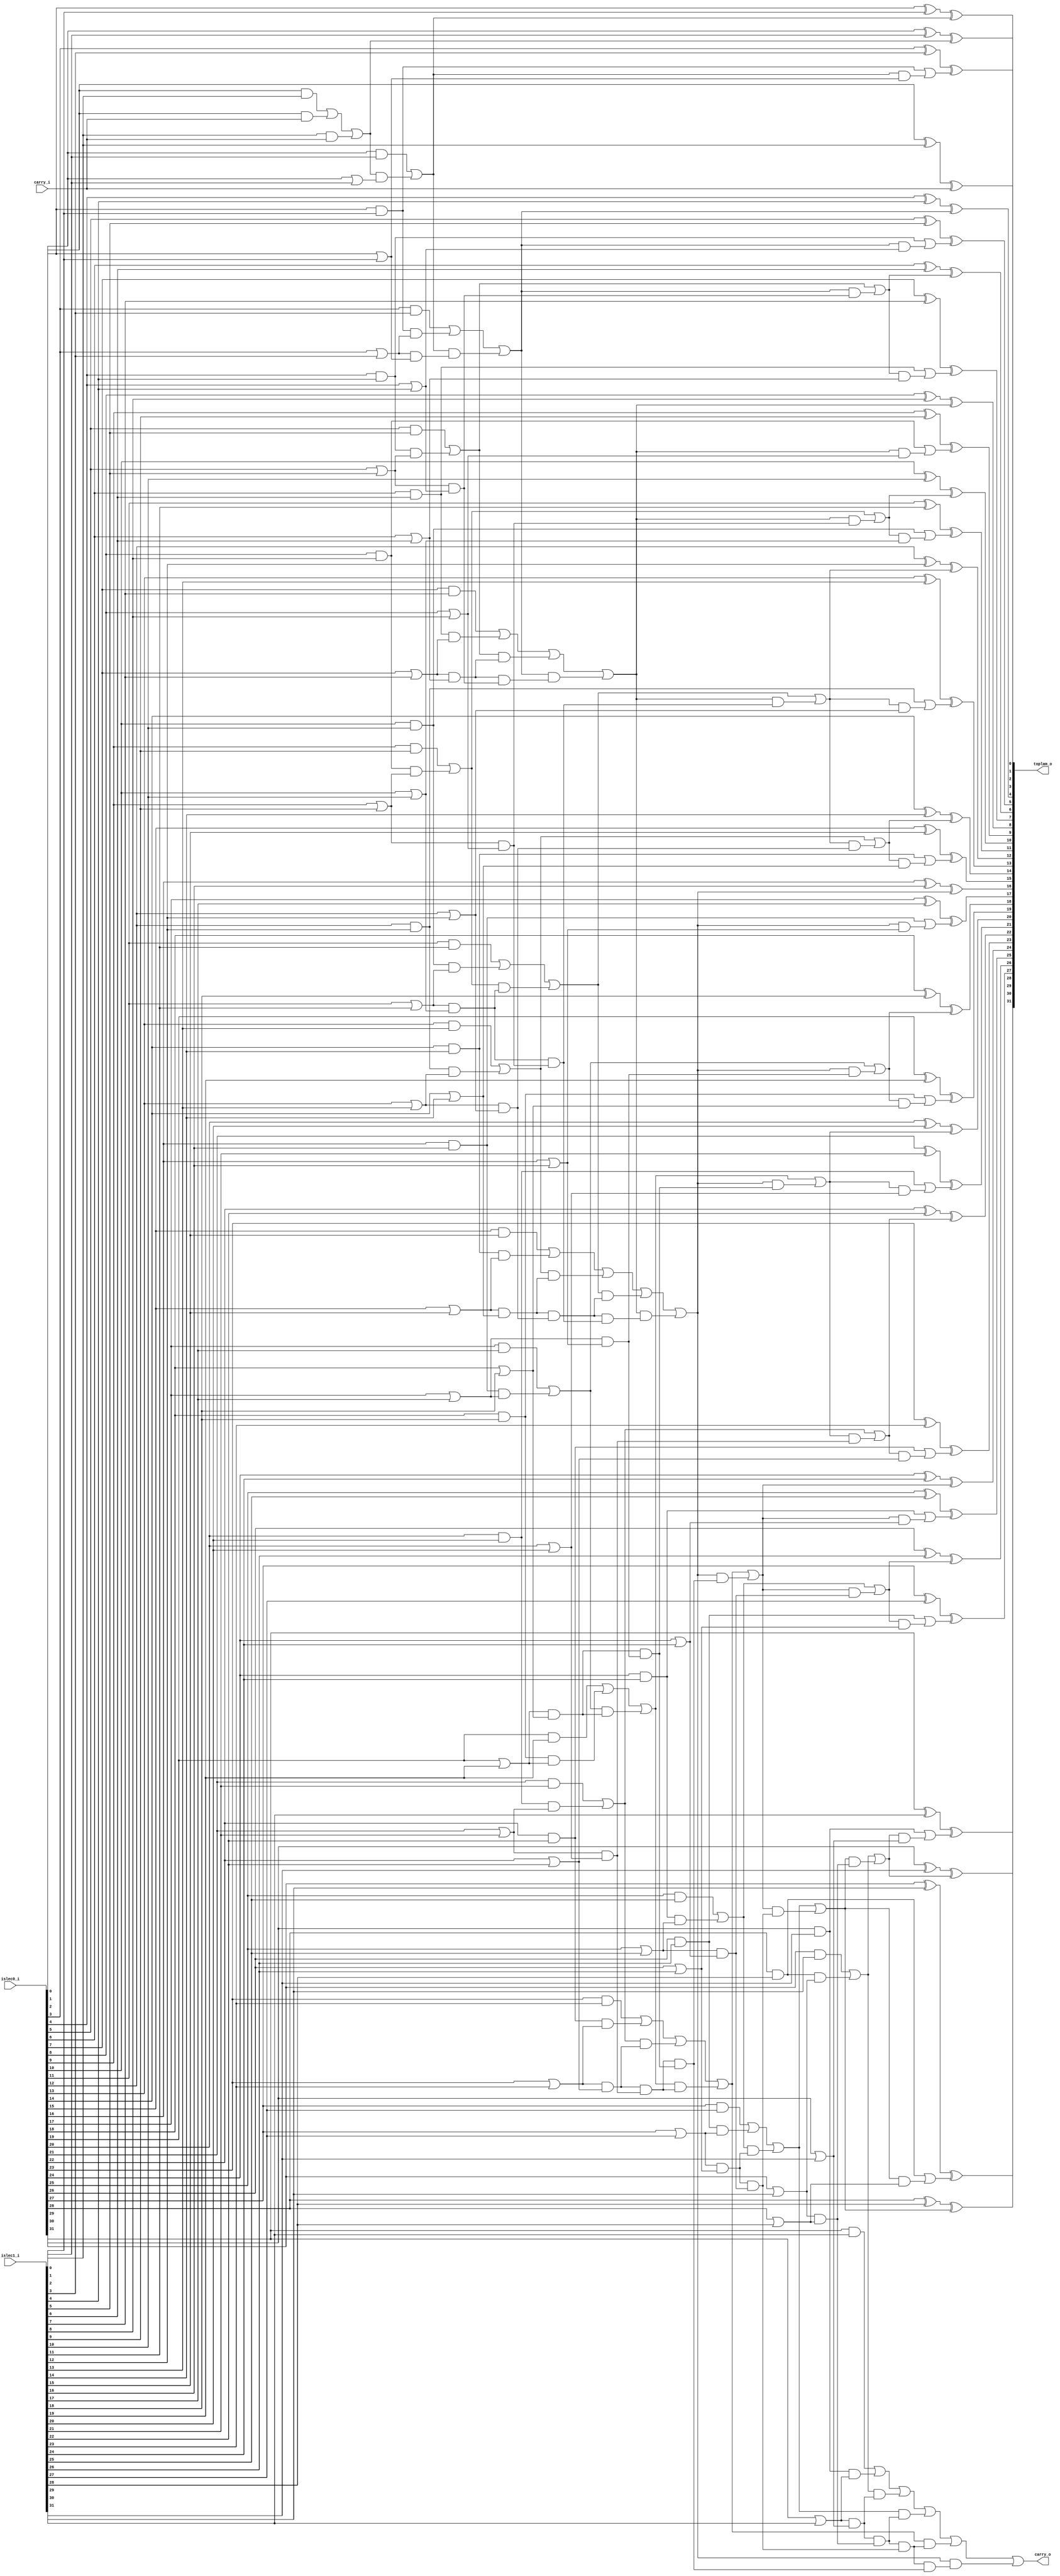
`timescale 1ns/1ps

module toplayici (
   input   [31:0]  islec0_i,
   input   [31:0]  islec1_i,
   input           carry_i,
   output  [31:0]  toplam_o,
   output          carry_o
);

reg [31:0]  g_l0;
reg [15:0]  g_l1;
reg [7:0]   g_l2;
reg [3:0]   g_l3;
reg [1:0]   g_l4;
reg         g_l5;
reg         g_l6;
reg [2:0]   g_l7;
reg [6:0]   g_l8;

reg [31:0]  p_l0;
reg [15:0]  p_l1;
reg [7:0]   p_l2;
reg [3:0]   p_l3;
reg [1:0]   p_l4;

reg [31:0]  g_final;

reg         carry_cmb;
reg [31:0]  sum_cmb;

integer i;
always @* begin
   p_l0[0] = islec0_i[0] | islec1_i[0] | carry_i;
   g_l0[0] = (islec0_i[0] & islec1_i[0]) | (islec0_i[0] & carry_i) | (islec1_i[0] & carry_i);
   for (i = 1; i < 32; i = i + 1) begin
      p_l0[i] = islec0_i[i] | islec1_i[i];
      g_l0[i] = islec0_i[i] & islec1_i[i];
   end
   for (i = 0; i < 16; i = i + 1) begin
      p_l1[i] = p_l0[2*i + 1] & p_l0[2*i];
      g_l1[i] = g_l0[2*i + 1] | (g_l0[2*i] & p_l0[2*i + 1]);
   end
   for (i = 0; i < 8; i = i + 1) begin
      p_l2[i] = p_l1[2*i + 1] & p_l1[2*i];
      g_l2[i] = g_l1[2*i + 1] | (g_l1[2*i] & p_l1[2*i + 1]);
   end
   for (i = 0; i < 4; i = i + 1) begin
      p_l3[i] = p_l2[2*i + 1] & p_l2[2*i];
      g_l3[i] = g_l2[2*i + 1] | (g_l2[2*i] & p_l2[2*i + 1]);
   end
   for (i = 0; i < 2; i = i + 1) begin
      p_l4[i] = p_l3[2*i + 1] & p_l3[2*i];
      g_l4[i] = g_l3[2*i + 1] | (g_l3[2*i] & p_l3[2*i + 1]);
   end
   g_l5 = g_l4[1] | (g_l4[0] & p_l4[1]);
   g_l6 = g_l3[2] | (g_l4[0] & p_l3[2]);
   g_l7[0] = g_l2[2] | (g_l3[0] & p_l2[2]);
   g_l7[1] = g_l2[4] | (g_l4[0] & p_l2[4]);
   g_l7[2] = g_l2[6] | (g_l6 & p_l2[6]);
   g_l8[0] = g_l1[2] | (g_l2[0] & p_l1[2]);
   g_l8[1] = g_l1[4] | (g_l3[0] & p_l1[4]);
   g_l8[2] = g_l1[6] | (g_l7[0] & p_l1[6]);
   g_l8[3] = g_l1[8] | (g_l4[0] & p_l1[8]);
   g_l8[4] = g_l1[10] | (g_l7[1] & p_l1[10]);
   g_l8[5] = g_l1[12] | (g_l6 & p_l1[12]);
   g_l8[6] = g_l1[14] | (g_l7[2] & p_l1[14]);
   g_final[0] = g_l0[0];
   g_final[1] = g_l1[0];
   g_final[2] = g_l0[2] | (g_l1[0] & p_l0[2]);
   g_final[3] = g_l2[0];
   g_final[4] = g_l0[4] | (g_l2[0] & p_l0[4]);
   g_final[5] = g_l8[0];
   g_final[6] = g_l0[6] | (g_l8[0] & p_l0[6]);
   g_final[7] = g_l3[0];
   g_final[8] = g_l0[8] | (g_l3[0] & p_l0[8]);
   g_final[9] = g_l8[1];
   g_final[10] = g_l0[10] | (g_l8[1] & p_l0[10]);
   g_final[11] = g_l7[0];
   g_final[12] = g_l0[12] | (g_l7[0] & p_l0[12]);
   g_final[13] = g_l8[2];
   g_final[14] = g_l0[14] | (g_l8[2] & p_l0[14]);
   g_final[15] = g_l4[0];
   g_final[16] = g_l0[16] | (g_l4[0] & p_l0[16]);
   g_final[17] = g_l8[3];
   g_final[18] = g_l0[18] | (g_l8[3] & p_l0[18]);
   g_final[19] = g_l7[1];
   g_final[20] = g_l0[20] | (g_l7[1] & p_l0[20]);
   g_final[21] = g_l8[4];
   g_final[22] = g_l0[22] | (g_l8[4] & p_l0[22]);
   g_final[23] = g_l6;
   g_final[24] = g_l0[24] | (g_l6 & p_l0[24]);
   g_final[25] = g_l8[5];
   g_final[26] = g_l0[26] | (g_l8[5] & p_l0[26]);
   g_final[27] = g_l7[2];
   g_final[28] = g_l0[28] | (g_l7[2] & p_l0[28]);
   g_final[29] = g_l8[6];
   g_final[30] = g_l0[30] | (g_l8[6] & p_l0[30]);
   g_final[31] = g_l5;

   carry_cmb = g_final[31];
   sum_cmb[0] = islec0_i[0] ^ islec1_i[0] ^ carry_i;
   for (i = 1; i < 32; i = i + 1) begin
      sum_cmb[i] = (islec0_i[i] ^ islec1_i[i]) ^ g_final[i-1];
   end
end

assign toplam_o = sum_cmb;
assign carry_o = carry_cmb;

endmodule